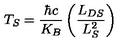
T _ { S } = \frac { \hbar c } { K _ { B } } \left( \frac { L _ { D S } } { L _ { S } ^ { 2 } } \right)